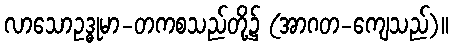
လာသောဥဒ္ဓုမာ-တကစသည်တို့၌ (အာဂတ-ကျေသည်)။